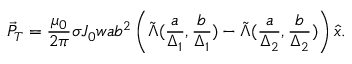
\vec { P } _ { T } = \frac { \mu _ { 0 } } { 2 \pi } \sigma J _ { 0 } w a b ^ { 2 } \left( \tilde { \Lambda } ( \frac { a } { \Delta _ { 1 } } , \frac { b } { \Delta _ { 1 } } ) - \tilde { \Lambda } ( \frac { a } { \Delta _ { 2 } } , \frac { b } { \Delta _ { 2 } } ) \right) \hat { x } .